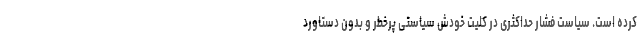
کرده است. سیاست فشار حداکثری در کلیت خودش سیاستی پرخطر و بدون دستاورد